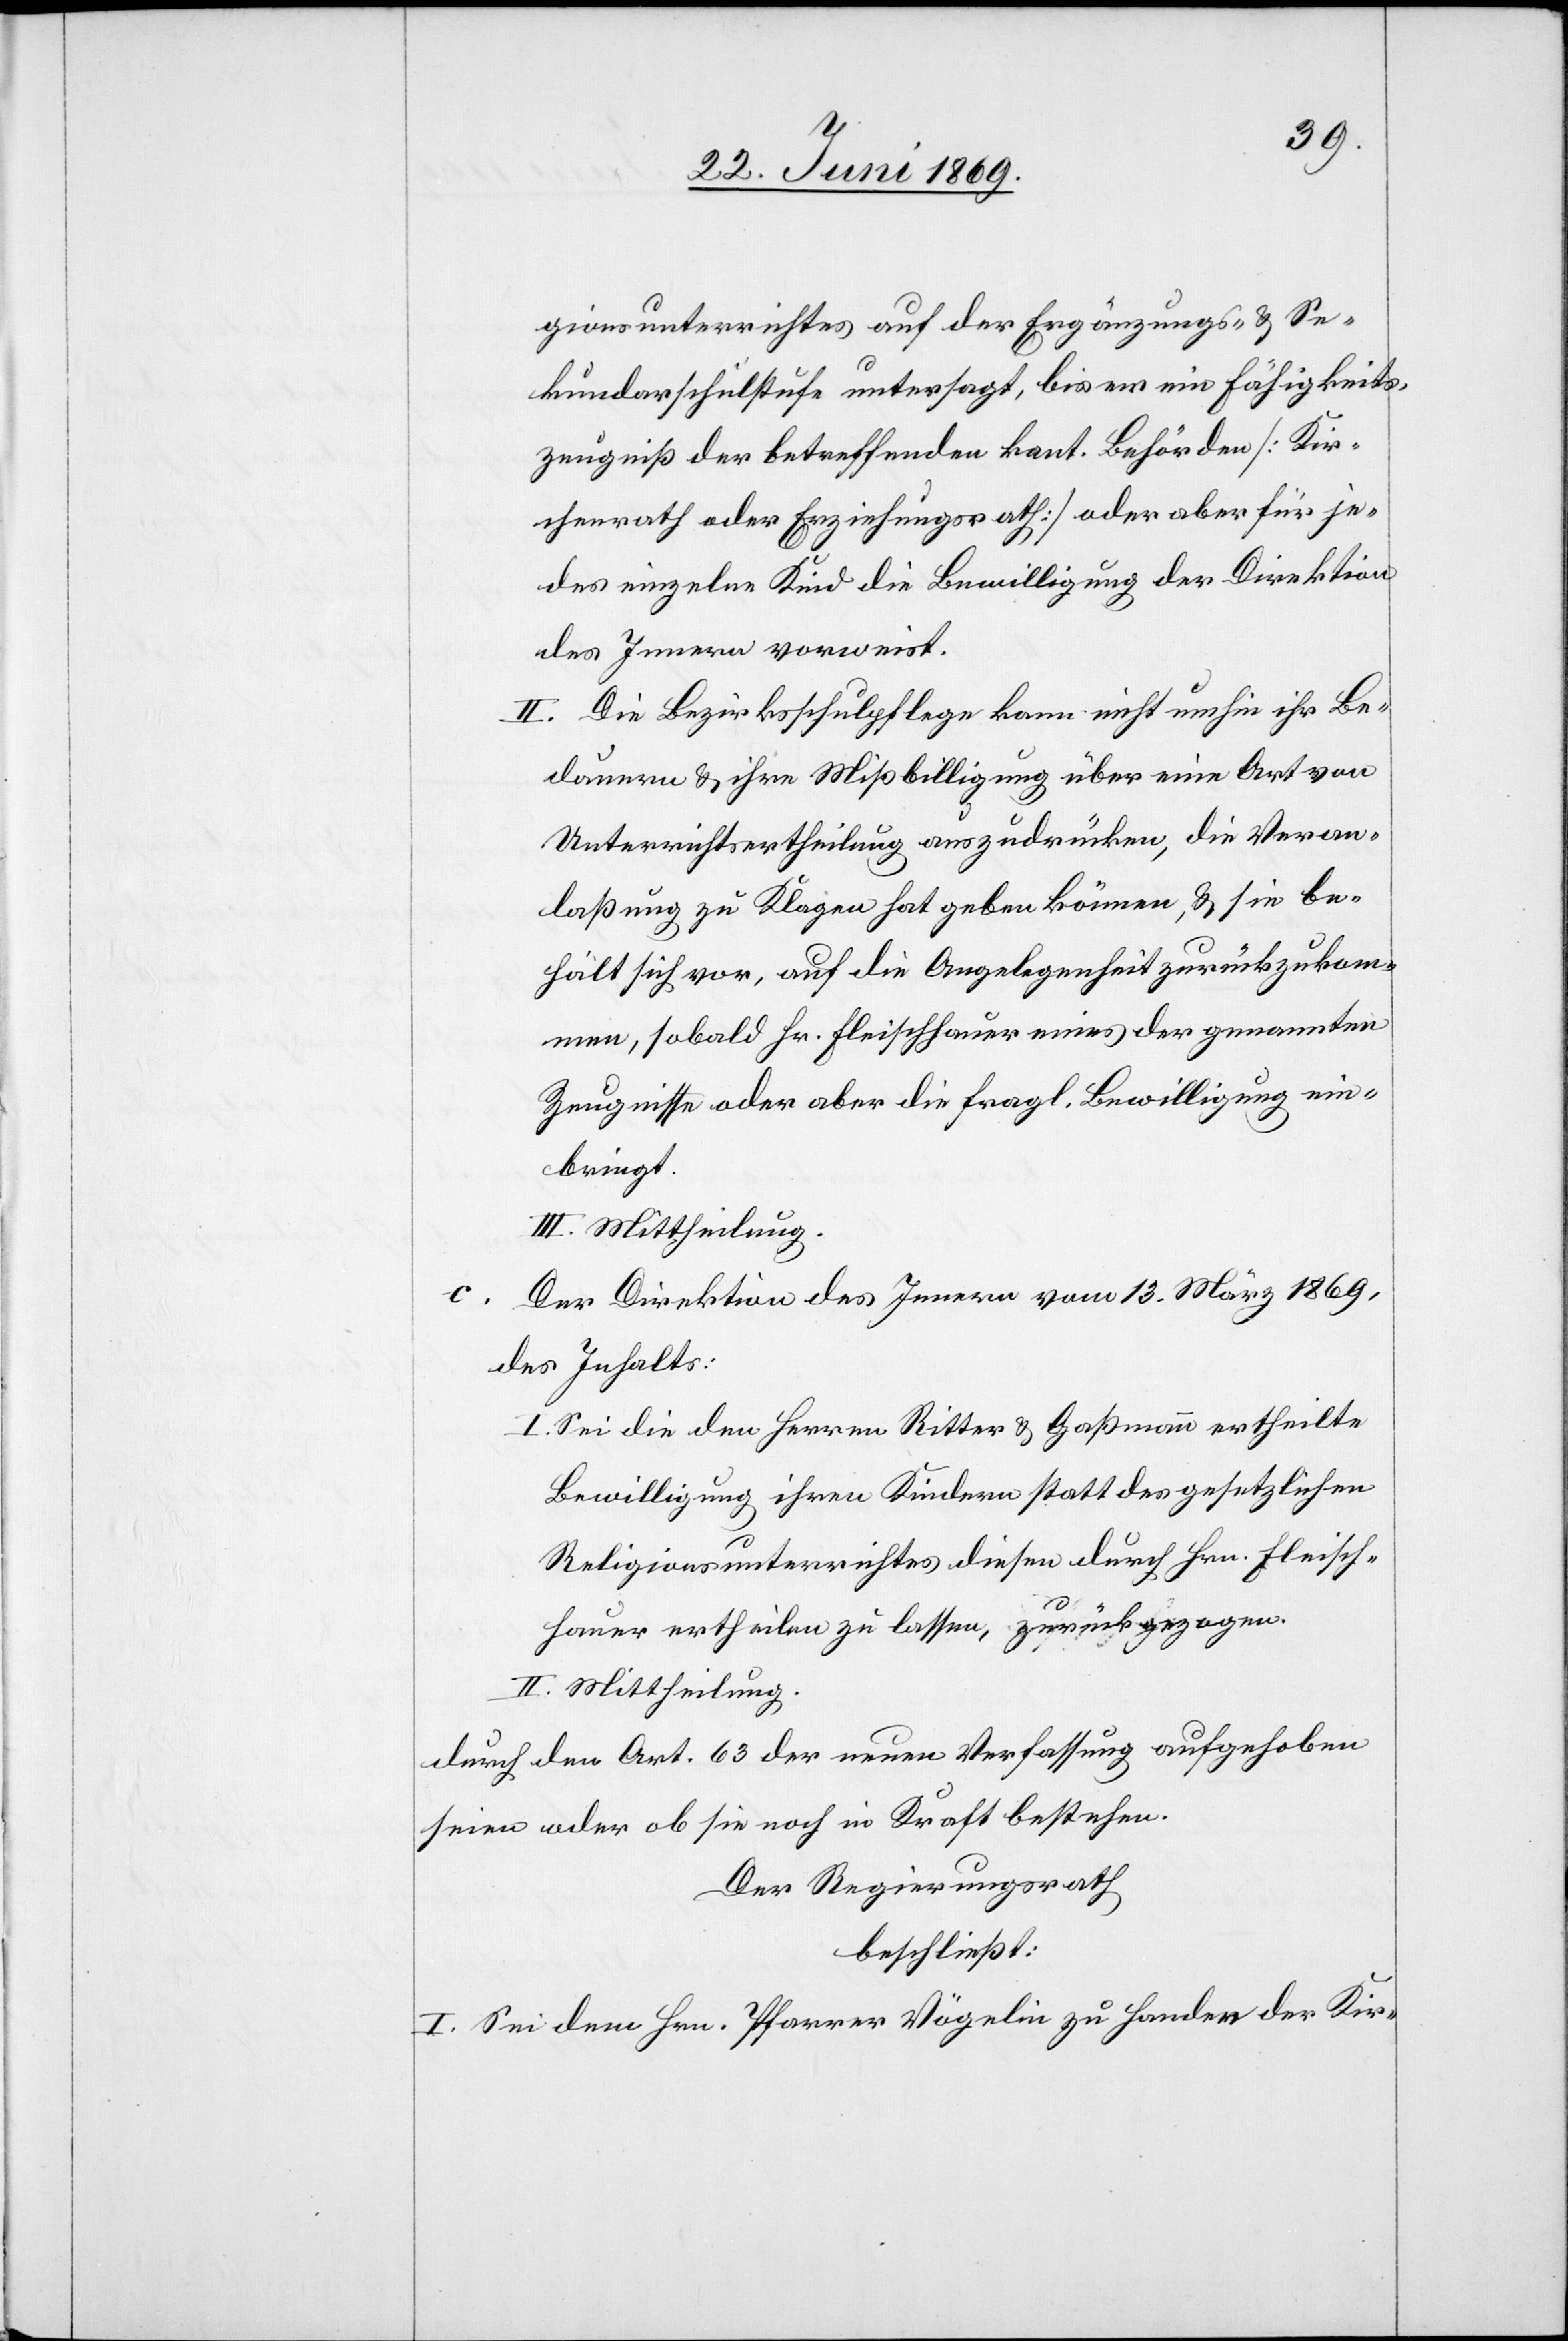
gionsunterrichtes auf der Ergänzungs- u. Se¬
kundarschulstufe untersagt, bis er ein Fähigkeits¬
zeugniß der betreffenden kant. Behörden [Kir¬
chenrath oder Erziehungsrath] oder aber für je¬
des einzelne Kind die Bewilligung der Direktion
des Innern verweist.
II. Die Bezirksschulpflege kann nicht umhin ihr Be¬
dauern u. ihre Mißbilligung über eine Art von
Unterrichtsertheilung auszudrücken, die Veran¬
laßung zu Klagen hat geben können, u. sie be¬
hält sich vor, auf die Angelegenheit zurückzukom¬
men, sobald Hr. Fleischhauer eines der genannten
Zeugnisse oder aber die fragl. Bewilligung ein¬
bringt.
III. Mittheilung.
c.
Der Direktion des Innern vom 13 März 1869,
des Inhalts:
I. Sei die den Herren Ritter u. Gaßmann ertheilte
Bewilligung ihren Kindern statt des gesetzlichen
Religionsunterrichtes diesen durch Hrn. Fleisch¬
hauer ertheilen zu lassen, zurückgezogen.
II. Mittheilung.
durch den Art. 63 der neuen Verfassung aufgehoben
seien oder ob sie noch in Kraft bestehen.
Der Regierungsrath
beschließt:
I. Sei dem Hrn. Pfarrer Vögelin zu Handen der Kir-